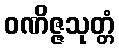
ဝဏိဇ္ဇသုတ္တံ